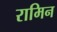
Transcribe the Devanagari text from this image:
रामिन